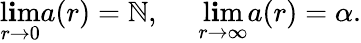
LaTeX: \operatorname*{l\mathbf{i}m}_{r\rightarrow0}a(r)=\mathbb{N},\: \: \: \: \: \: \operatorname*{l\mathbf{i}m}_{r\rightarrow\infty}a(r)=\alpha.